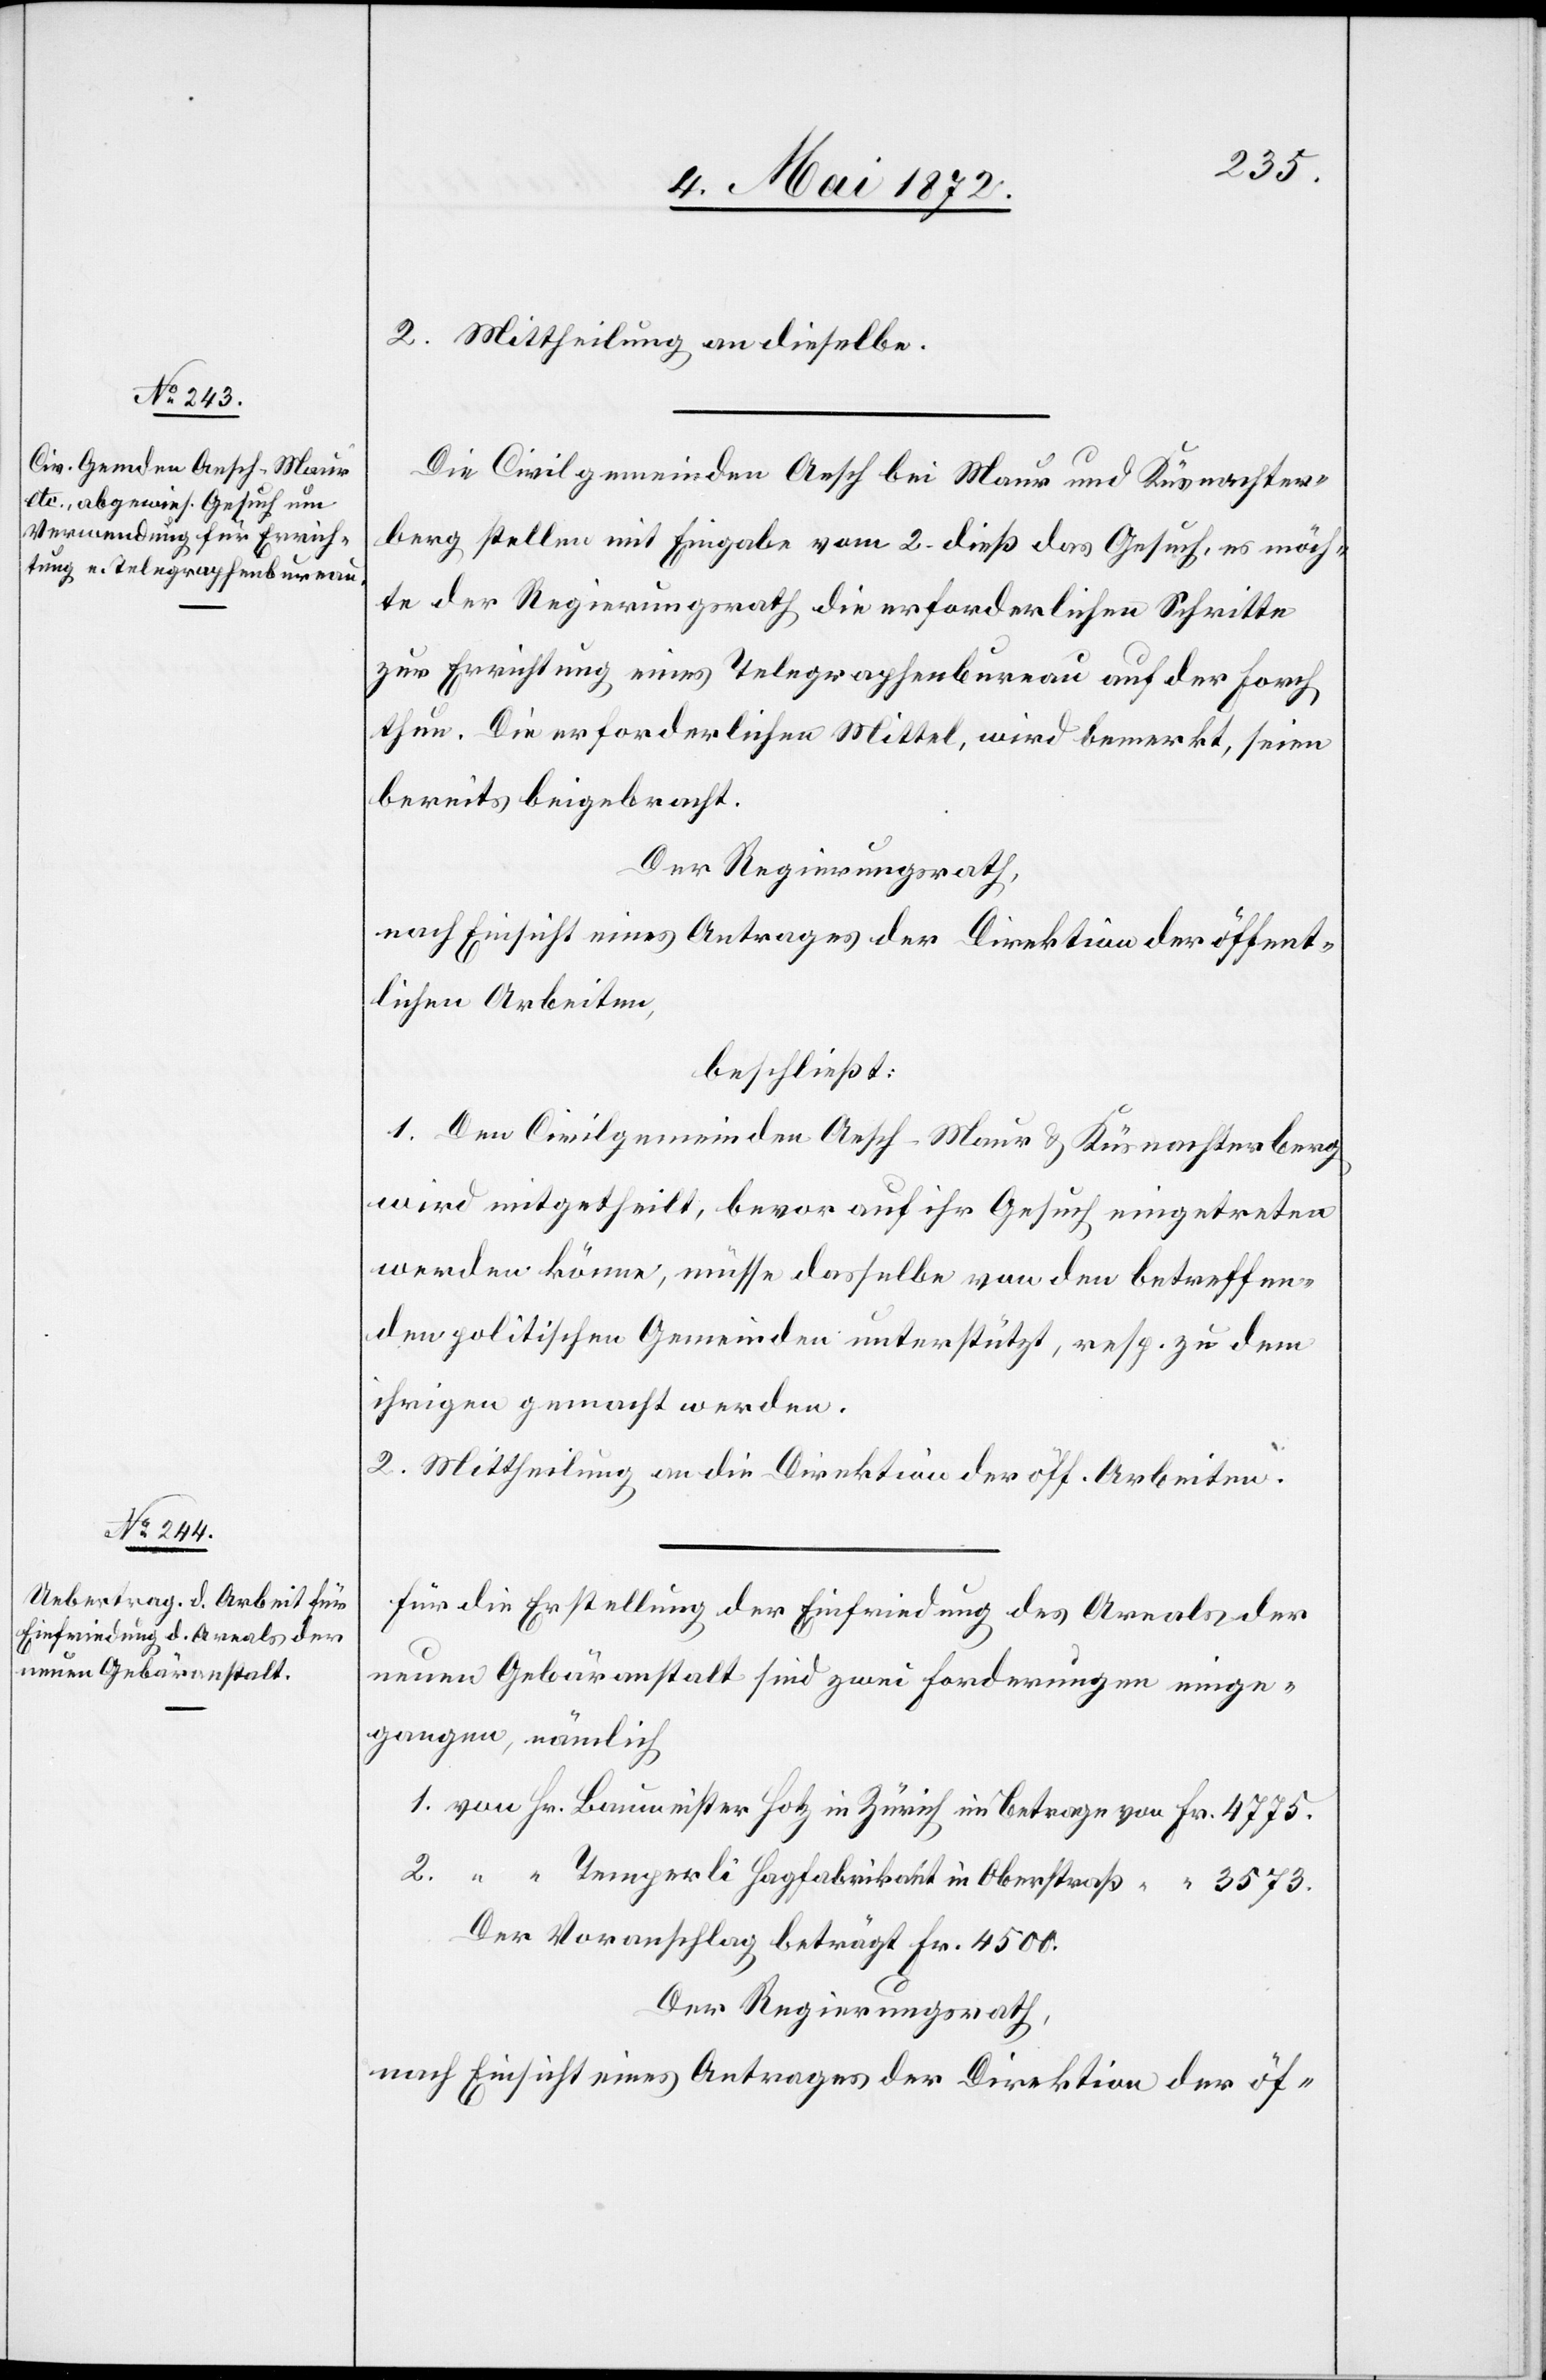
3573.
2. Mittheilung an dieselbe.
Die Civilgemeinde Aesch bei Maur und Küsnachter¬
berg stellen mit Eingabe vom 2. dieß das Gesuch, es möch¬
te der Regierungsrath die erforderlichen Schritte
zur Errichtung eines Telegraphenbureau auf der Forch
thun. Die erforderlichen Mittel, wird bemerkt, seien
bereits beigebracht.
Der Regierungsrath,
nach Einsicht eines Antrages der Direktion der öffent¬
lichen Arbeiten,
beschließt:
1. Den Civilgemeinden Aesch-Maur u. Küsnachterberg
wird mitgetheilt, bevor auf ihr Gesuch eingetreten
werden könne, müsse dasselbe von den betreffen¬
den politischen Gemeinden unterstützt, resp. zu dem
ihrigen gemacht werden.
2. Mittheilung an die Direktion der öff. Arbeiten.
Für die Erstellung der Einfriedung des Areals der
neuen Gebäranstalt sind zwei Forderungen einge¬
gangen, nämlich
Der Voranschlag beträgt Fr. 4500.
Der Regierungsrath,
nach Einsicht eines Antrages der Direktion der öf-